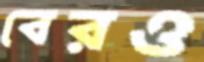
বেরও